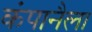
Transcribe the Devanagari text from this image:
कंपानैला